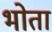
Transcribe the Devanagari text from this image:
भोता